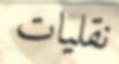
نقليات